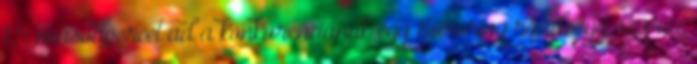
1,5 másodpercet ad a konkurenciának egy Euroring rövidségű száraz